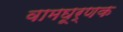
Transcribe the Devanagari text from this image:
वामघूर्णक